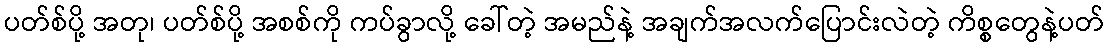
ပတ်စ်ပို့ အတု၊ ပတ်စ်ပို့ အစစ်ကို ကပ်ခွာလို့ ခေါ်တဲ့ အမည်နဲ့ အချက်အလက်ပြောင်းလဲတဲ့ ကိစ္စတွေနဲ့ပတ်